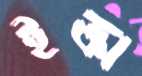
ইক্রা